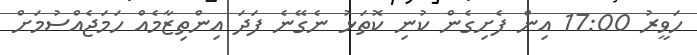
ހަވީރު 17:00 އިން ފެށިގެން ކުނި ކޮތަޅު ނެގޭނެ ފަދަ އިންތިޒާމެއް ހަމަޖެއްސުމަށް